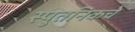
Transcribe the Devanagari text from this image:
स्पुतनिकचे